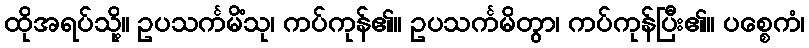
ထိုအရပ်သို့။ ဥပသင်္ကမိံသု၊ ကပ်ကုန်၏။ ဥပသင်္ကမိတွာ၊ ကပ်ကုန်ပြီး၏။ ပစ္စေကံ၊